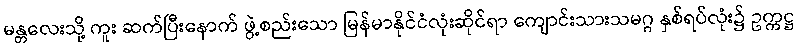
မန္တလေးသို့ ကူး ဆက်ပြီးနောက် ဖွဲ့စည်းသော မြန်မာနိုင်ငံလုံးဆိုင်ရာ ကျောင်းသားသမဂ္ဂ နှစ်ရပ်လုံး၌ ဥက္ကဋ္ဌ